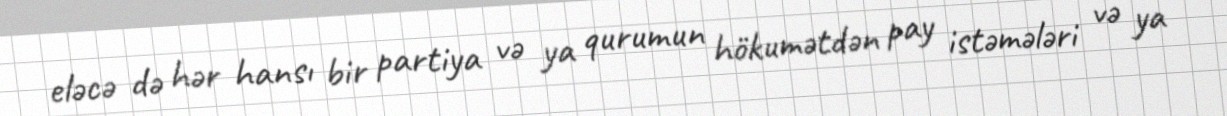
eləcə də hər hansı bir partiya və ya qurumun hökumətdən pay istəmələri və ya